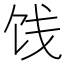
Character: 饯